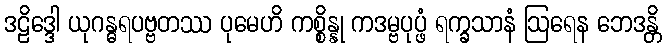
ဒဠိဒ္ဒေါ ယုဂန္ဓရပဗ္ဗတဿ ပုမေဟိ ကစ္စိန္နု ကဒမ္ဗပုပ္ဖံ ရက္ခသာနံ ဩရေန ဘေဒန္တိ